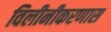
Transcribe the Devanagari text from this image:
विलीनीकरणास